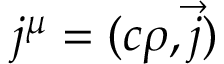
j ^ { \mu } = ( c \rho , { \vec { j } } )